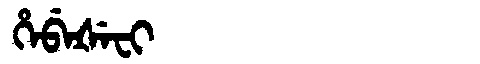
Manchu: ᡥᡝᠪᡝᡧᡝᠸᡳ
Romanization: HEBEŠEFI